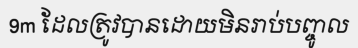
9m ដែលត្រូវបានដោយមិនរាប់បញ្ចូល